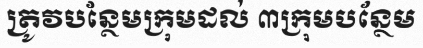
ត្រូវបន្ថែមក្រុមដល់ ៣ក្រុមបន្ថែម